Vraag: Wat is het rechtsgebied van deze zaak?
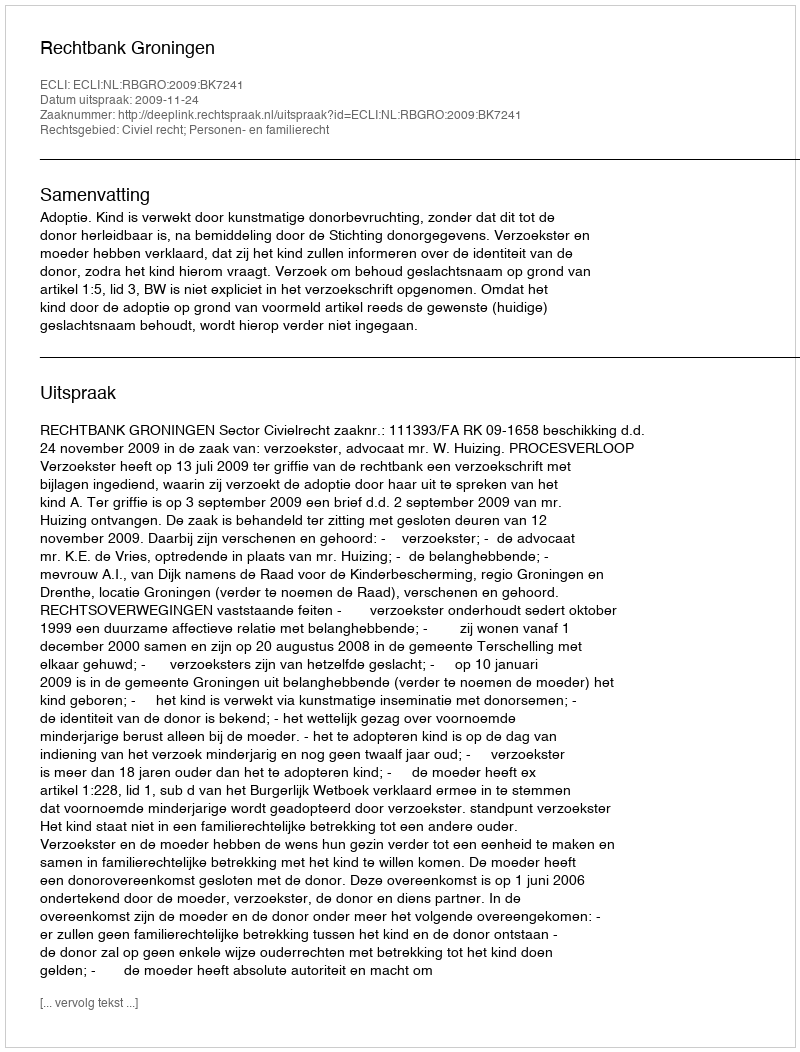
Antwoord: Civiel recht; Personen- en familierecht